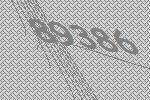
89386